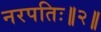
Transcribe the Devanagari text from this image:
नरपतिः॥२॥